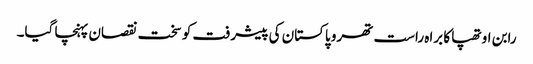
رابن اوتھپا کا براہ راست تھرو پاکستان کی پیشرفت کو سخت نقصان پہنچا گیا۔